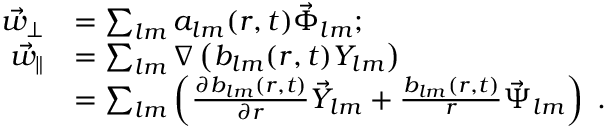
\begin{array} { r l } { \vec { w } _ { \perp } } & { = \sum _ { l m } a _ { l m } ( r , t ) \vec { \Phi } _ { l m } ; } \\ { \vec { w } _ { \parallel } } & { = \sum _ { l m } \nabla \left( b _ { l m } ( r , t ) Y _ { l m } \right) } \\ & { = \sum _ { l m } \left( \frac { \partial b _ { l m } ( r , t ) } { \partial r } \vec { Y } _ { l m } + \frac { b _ { l m } ( r , t ) } { r } \vec { \Psi } _ { l m } \right) \; . } \end{array}